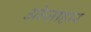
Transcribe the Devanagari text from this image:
ओजाहार